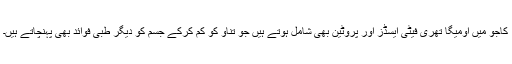
کاجو میں اومیگا تھری فیٹی ایسڈز اور پروٹین بھی شامل ہوتے ہیں جو تناؤ کو کم کرکے جسم کو دیگر طبی فوائد بھی پہنچاتے ہیں۔